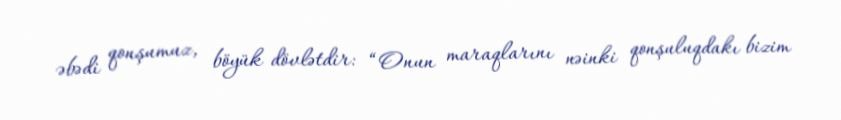
əbədi qonşumuz, böyük dövlətdir: “Onun maraqlarını nəinki qonşuluqdakı bizim